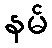
နမ်